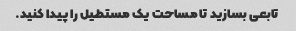
تابعی بسازید تا مساحت یک مستطیل را پیدا کنید.